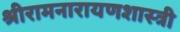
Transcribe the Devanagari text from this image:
श्रीरामनारायणशास्त्री